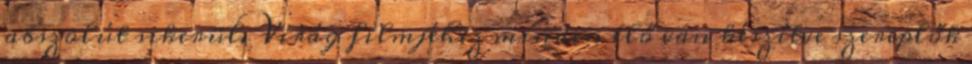
abszolút sikerül. Virág filmjéhez minden elő van készítve szereplők